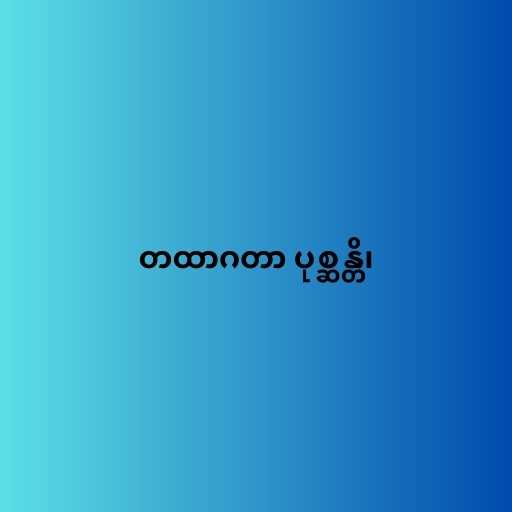
တထာဂတာ ပုစ္ဆန္တိ၊